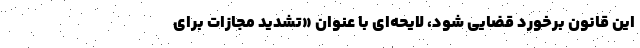
این قانون برخورد قضایی شود، لایحه‌ای با عنوان «تشدید مجازات برای